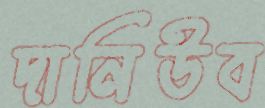
দানিউব